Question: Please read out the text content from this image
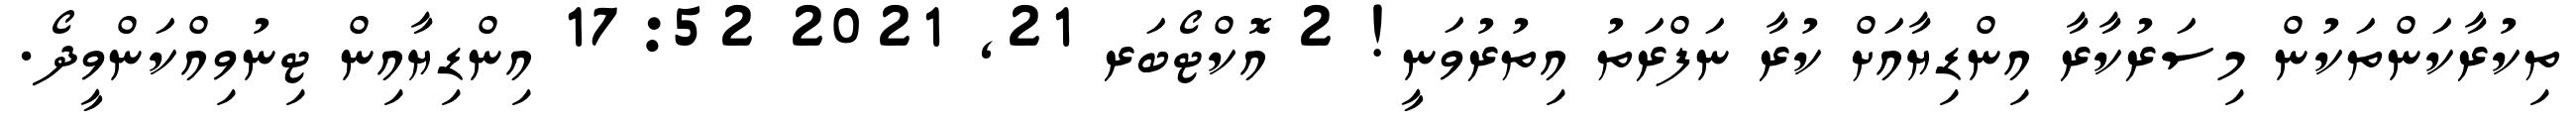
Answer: ތިކުރާކަންތަކުން މިސަރުކާރާ އިންޑިޔާއަށް ކުރާ ނަފްރަތު އިތުރުވަނީ! 2 އޮކްޓޯބަރ 21, 2021 17:52 އިންޑިޔާއިން ޓިނުވިއްކަންވީދޯ.